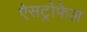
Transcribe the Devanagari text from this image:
ऐसट्रोफेल